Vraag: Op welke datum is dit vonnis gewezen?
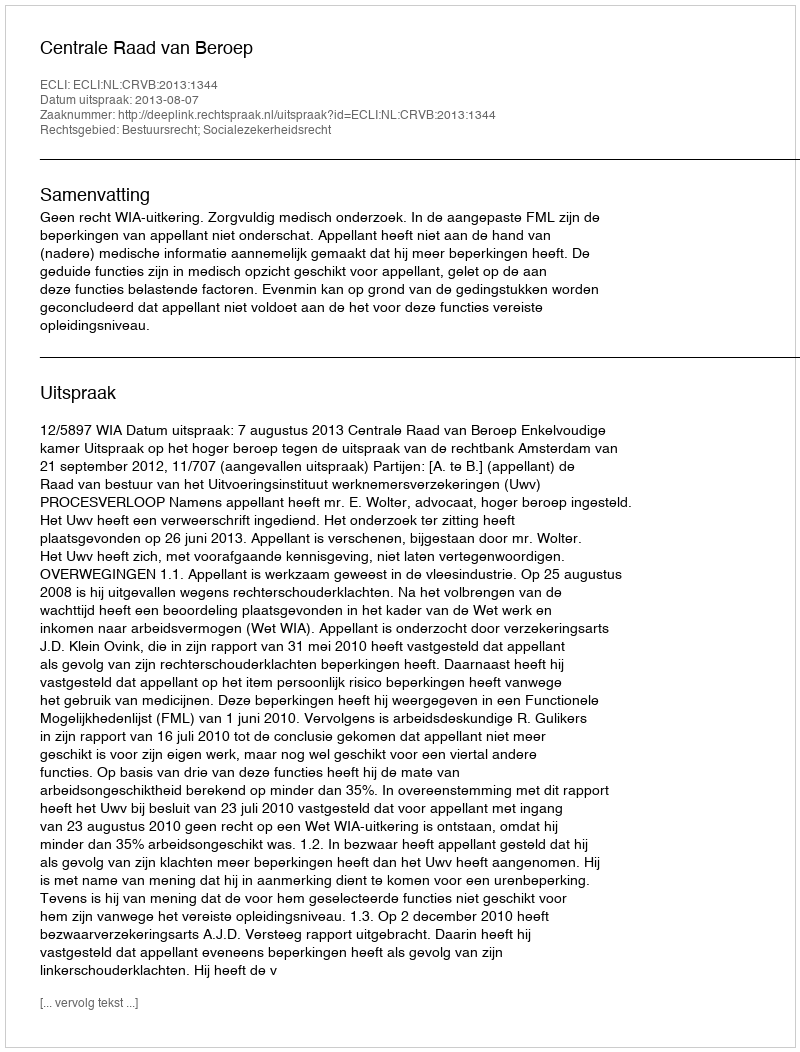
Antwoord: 2013-08-07